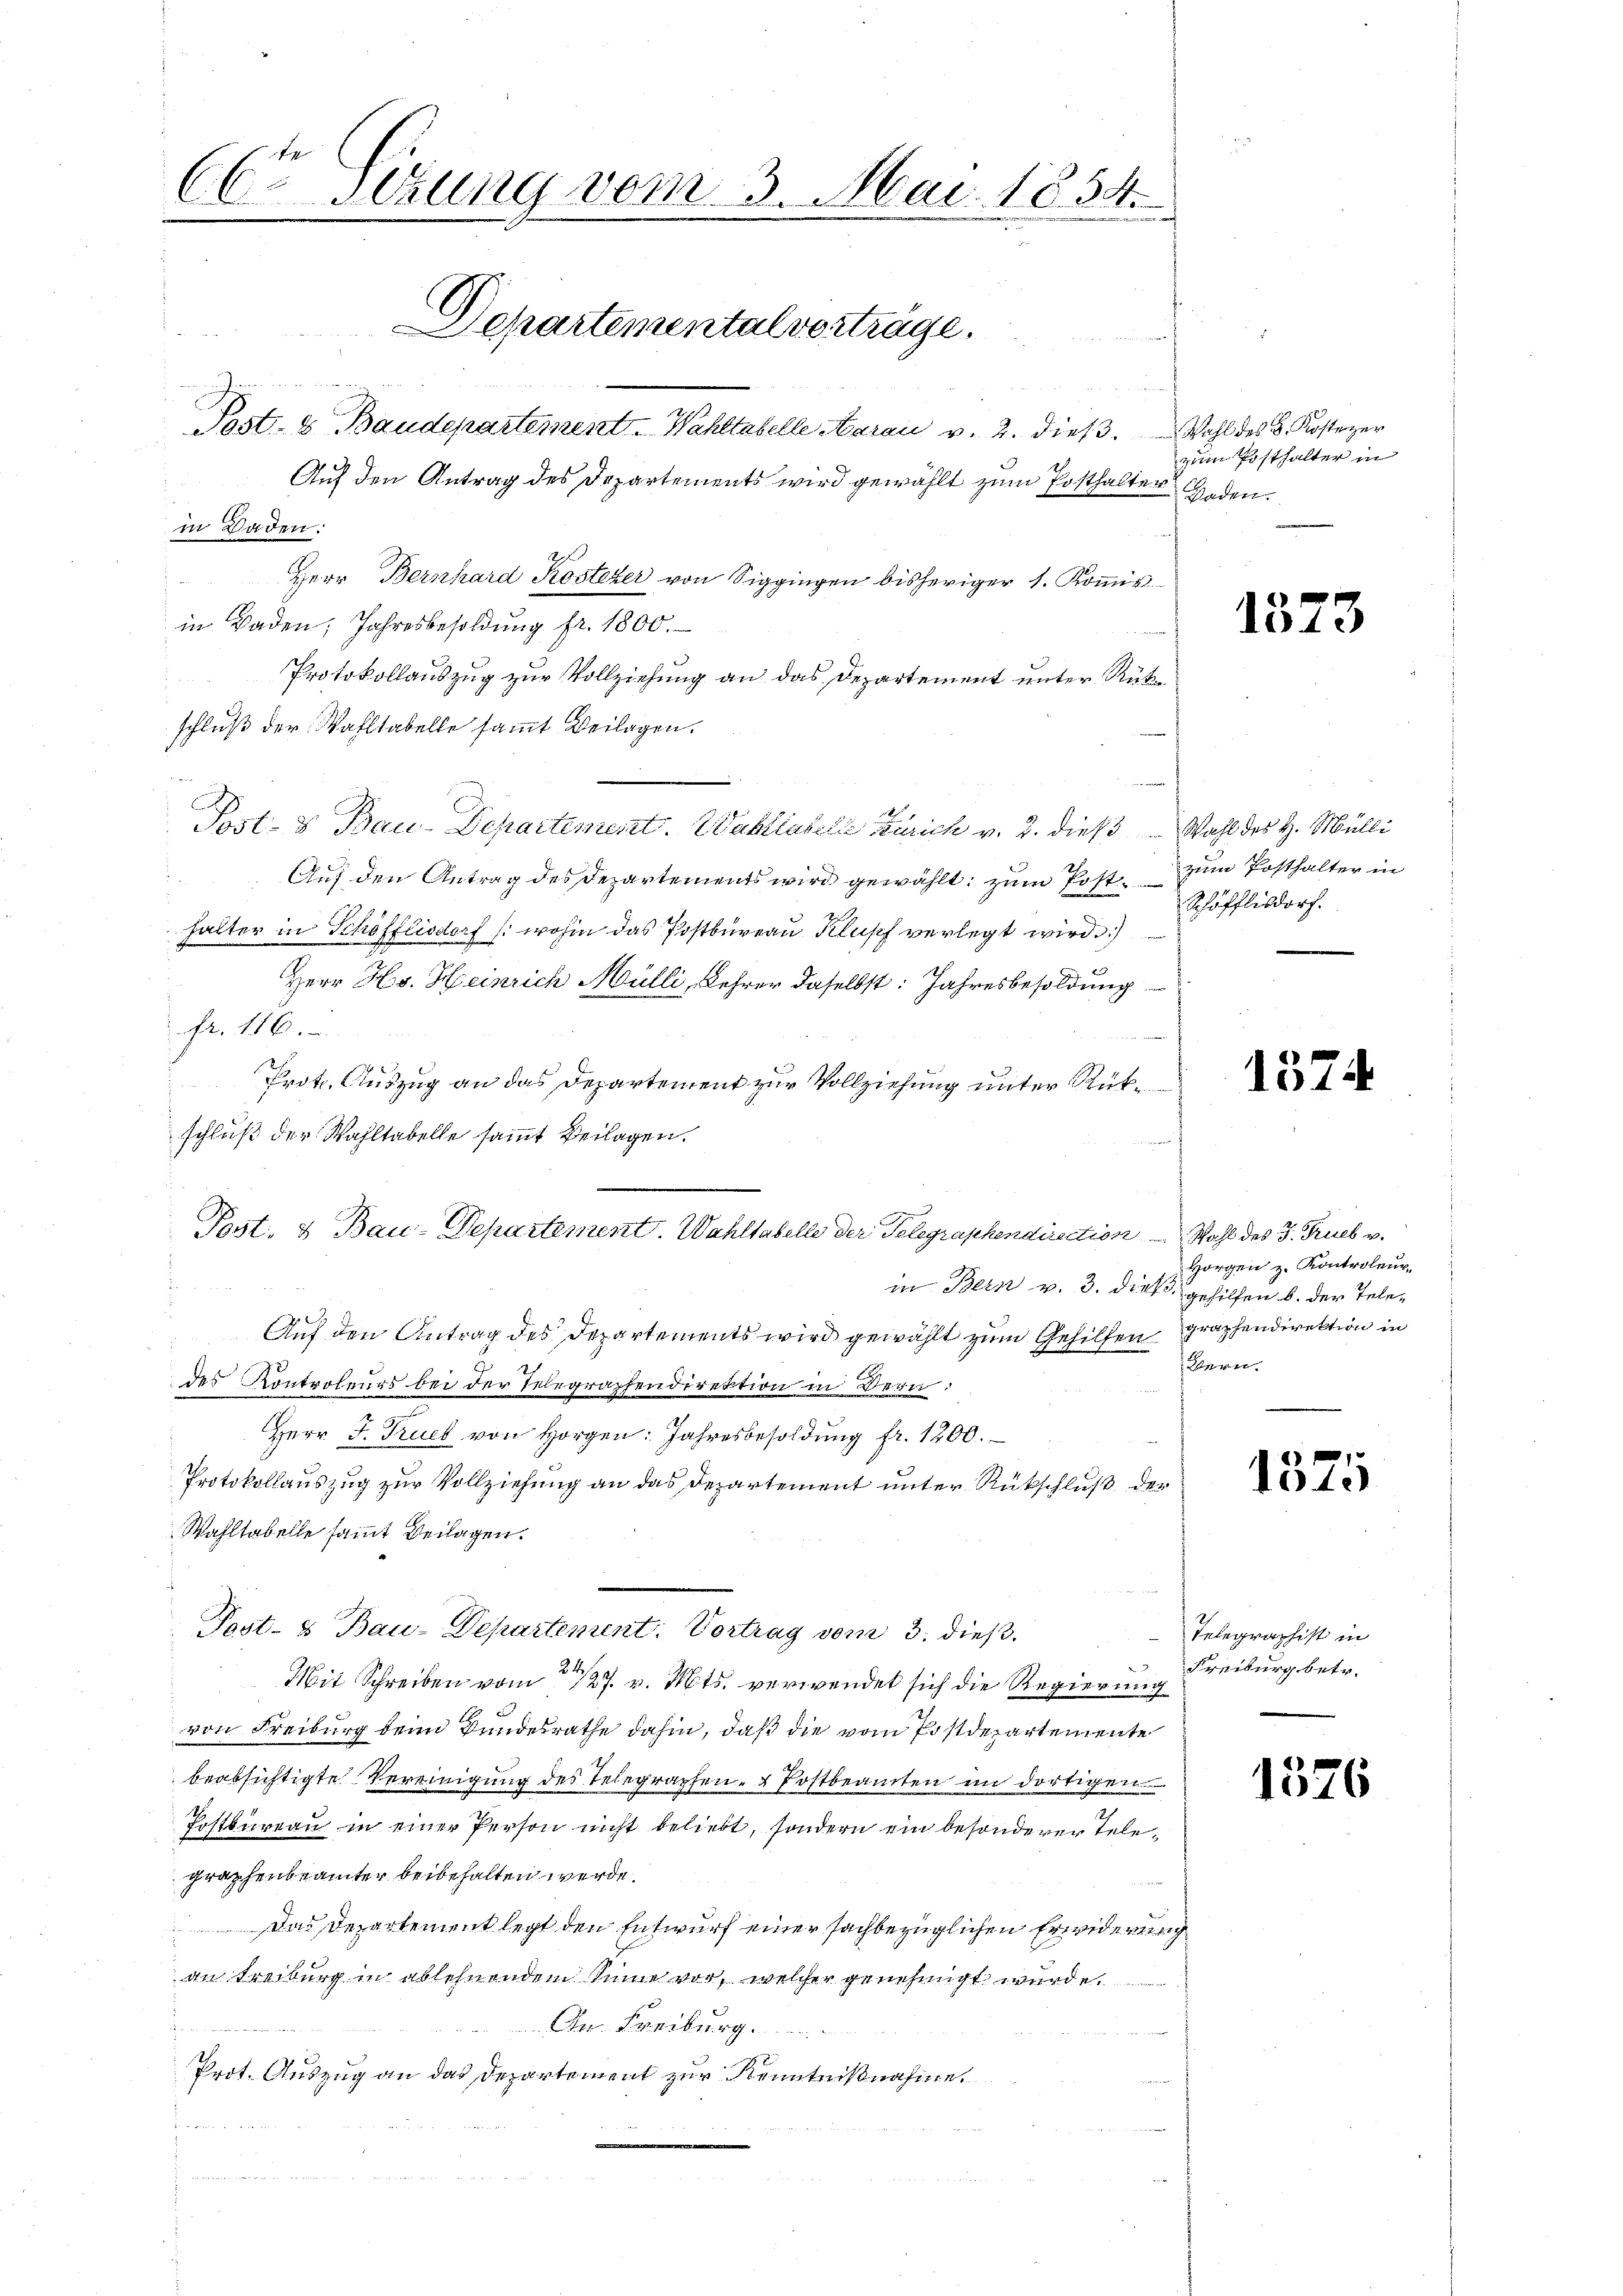
C6r Sitzung vom 3. Mai 1854.
Departemental vorträge.
u
Prst. & Baudepartement. Wahltabelle Aarau v. 2. dieβ. Wahl des B. Kostezer
Auf den Antrag des Departements wird gewählt zum Posthalter Geden.
in Baden:

Herr Bernhard Kosterer von Siggingen bisheriger 1. Koṁis
in Baden, Jahresbesoldung fr. 1800.
Protokollauszug zur Vollziehung an das Departement unter Rükschluß der Wahltabelle sammt Beilagen.
 1
Post- & Bau-Departement. Walliabilis Zürich v. 2. dies Wahl des H. Mülli
Auf den Antrag des Departements wird gewählt: zum Post zum Posthalter in
halter in Schöfflisdorf /: wohin das Postbureau Klupf verlegt wird
Herr Hs. Heinrich Mülli, Lehrer daselbst: Jahresbesoldung
Nr. 116.
Prot. Auszug an das Departement zur Vollziehung unter Rückschluß der Wahltabelle sammt Beilagen.

in Bern v. 3. dieß gehilfen b. der Tele¬
2
Auf den Antrag des Departements wird gewählt zum Gehilfen
des Kontroleurs bei der Telegraphendirektion in Bern:
Herr J. Trieb von Horgen: Jahresbesoldung fr. 1200.
Protokollauszug zur Vollziehung an das Departement unter Rückschluß der
Wahltabelle sammt Beilagen.
Post- & Bau-Departement. Vortrag vom 3. dieß.
Mit Schreiben vom 27. v. Mts. verwendet sich die Regierung
von Freiburg beim Bundesrathe dahin, daß die vom Postdepartemente
beabsichtigte Vereinigung des Telegraphen- & Postbeamten im dortigen
Postbureau in einer Person nicht beliebt, sondern ein besonderer Telegraphenbeämter beibehalten werde.
Das Departement legt den Entwurf einer sachbezüglichen Erwiderung
an Freiburg in ablehnendem Sinne vor, welcher genehmigt wurde,
An Freiburg.
Prot. Auszug an das Departement zur Kenntnißnahme

.
Post. & Bau-Departement. Wahltabelle der Telegraphendirection Wahl des 3. Trieb v.

zum Posthalter in

1523

Schöfflisdorf.

1574

Horgen z. Kontroleur,
graphendirektion in
Bern.

1525

Telegraphist in
Freiburg betr.

1376